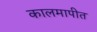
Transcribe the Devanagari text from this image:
कालमापीत